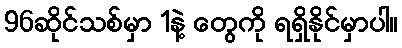
96ဆိုင်သစ်မှာ 1နဲ့ တွေကို ရရှိနိုင်မှာပါ။